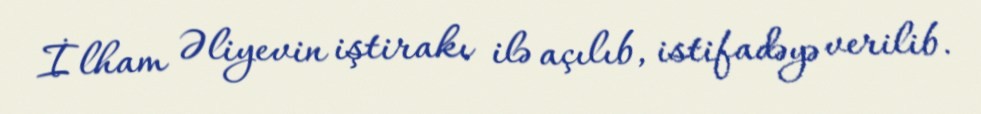
İlham Əliyevin iştirakı ilə açılıb, istifadəyə verilib.